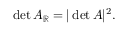
\operatorname* { d e t } A _ { \mathbb { R } } = | \operatorname* { d e t } A | ^ { 2 } .